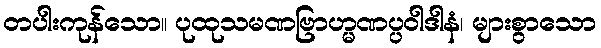
တပါးကုန်သော။ ပုထုသမဏဗြာဟ္မဏပ္ပဝါဒါနံ၊ များစွာသော